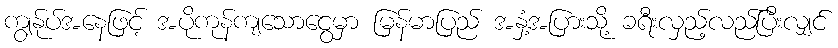
ကျွန်ုပ်အနေဖြင့် အပိုကုန်ကျသောငွေမှာ မြန်မာပြည် အနှံ့အပြားသို့ ခရီးလှည့်လည်ပြီးလျှင်